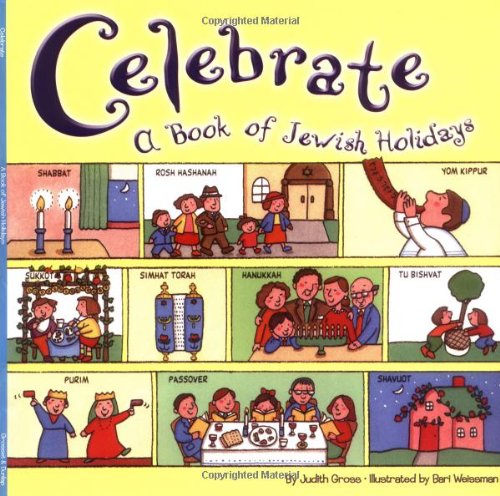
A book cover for Celebrate: A Book of Jewish Holidays (Reading Railroad); Judy Gross; Children's Books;